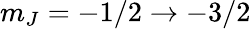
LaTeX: m_{J}=-1/2\rightarrow-3/2